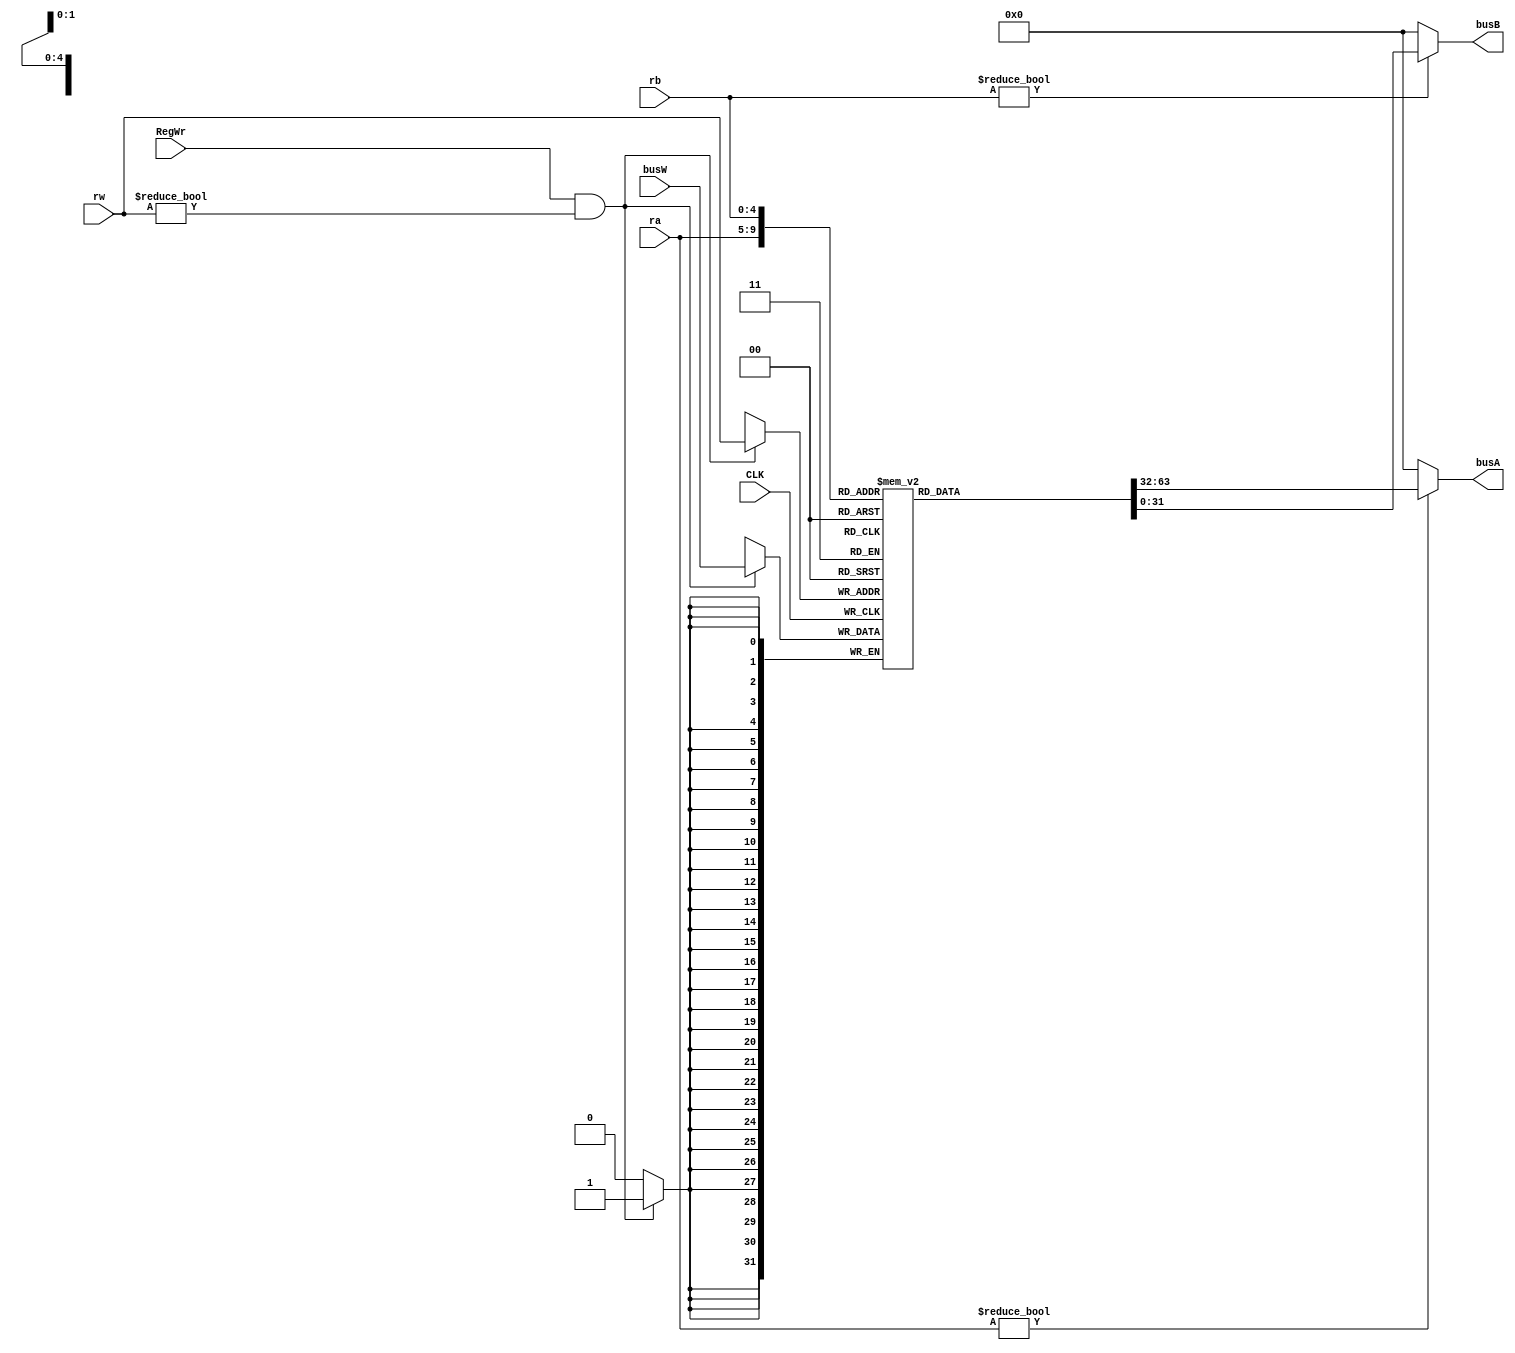
`timescale 1ns / 1ps
module RegisterFile(
    input CLK,                      //clock
    input RegWr,                    //Register Write
    input [4:0] rw,                 //rd or rt
    input [4:0] ra,                 //rs
    input [4:0] rb,                 //rt
    input [31:0] busW,               //data of write
    output [31:0] busA,             //data of ra
    output [31:0] busB              //data of rb
    );
    
    reg [31:0] register [31:0];
    
    initial begin
        register[0] 	= 0;// $zero;

		register[8] 	= 0;// $t0;
		register[9] 	= 1;// $t1;
		register[10] 	= 2;// $t2;
		register[11] 	= 3;// $t3;
		register[12] 	= 4;// $t4;
		register[13] 	= 5;// $t5;
		register[14] 	= 6;// $t6;
		register[15] 	= 7;// $t7;

		register[16]	= 0;// $s0;
		register[17]	= 0;// $s1;
		register[18]	= 0;// $s2;
		register[19]	= 0;// $s3;
	end
	
	assign busA = (ra != 0) ? register[ra] : 0;
	assign busB = (rb != 0) ? register[rb] : 0;
	
	always @ ( posedge CLK)
	begin 
	if ((RegWr==1) && (rw!=0))
	   begin
	       register[rw] <= busW;
	   end
	end
endmodule